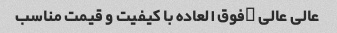
عالی عالی …فوق العاده با کیفیت و قیمت مناسب